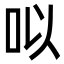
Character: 㕽